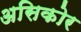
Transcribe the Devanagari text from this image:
असिकोर